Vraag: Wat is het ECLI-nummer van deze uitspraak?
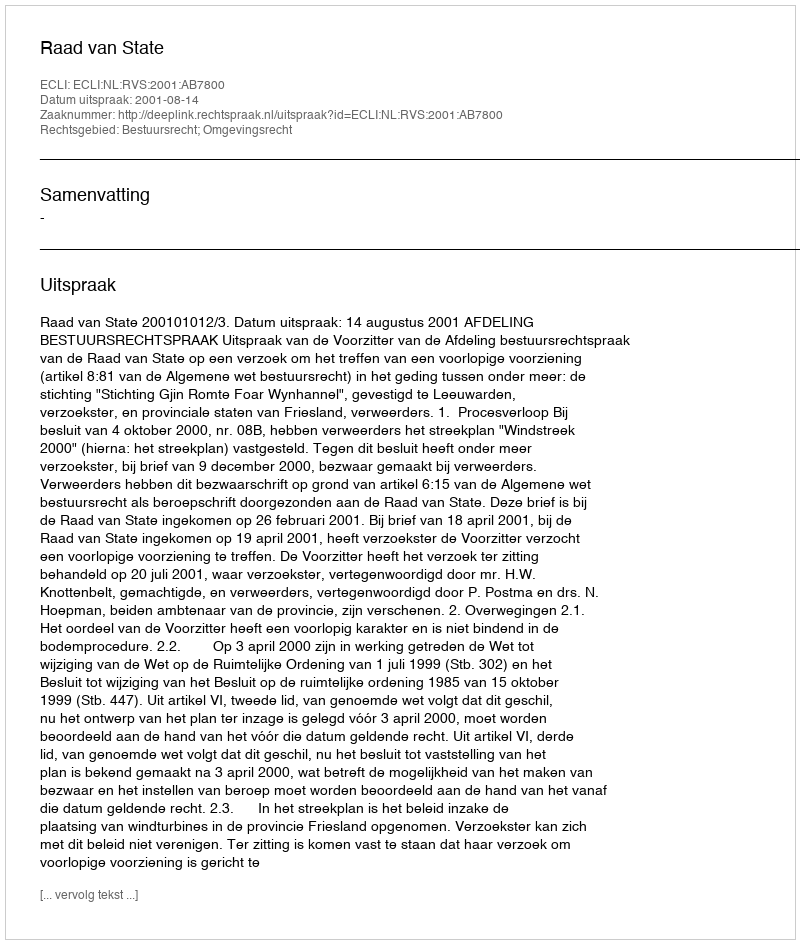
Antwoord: ECLI:NL:RVS:2001:AB7800